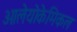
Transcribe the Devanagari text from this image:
ओलेयोकेमिकल